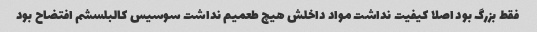
فقط بزرگ بود اصلا کیفیت نداشت مواد داخلش هیچ طعمیم نداشت سوسیس کالبلسشم افتضاح بود